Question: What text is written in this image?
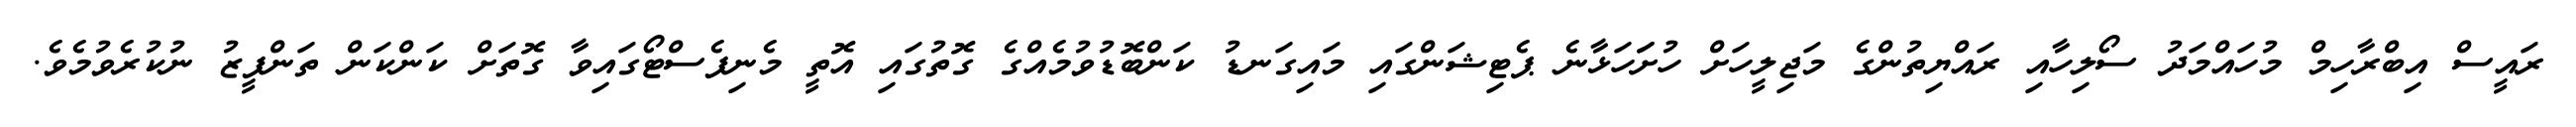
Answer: ރައީސް އިބްރާހިމް މުހައްމަދު ސޯލިހާއި ރައްޔިތުންގެ މަޖިލީހަށް ހުށަަހަޅާނެ ޕެޓިޝަންގައި މައިގަނޑު ކަންބޮޑުވުމެއްގެ ގޮތުގައި އޮތީ މެނިފެސްޓޯގައިވާ ގޮތަށް ކަންކަން ތަންފީޒު ނުކުރެވުމެވެ.